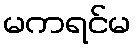
မကရင်မ